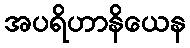
အပရိဟာနိယေန